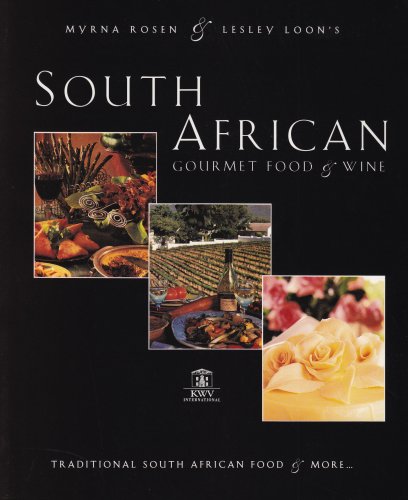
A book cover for South African Gourmet Food and Wine: Traditional South African Food and More; Myrna Rosen; Cookbooks, Food & Wine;